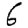
Digit: 6